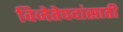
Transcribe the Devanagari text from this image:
विजेतेपदांसाठी